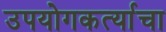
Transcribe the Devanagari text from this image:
उपयोगकर्त्याचा